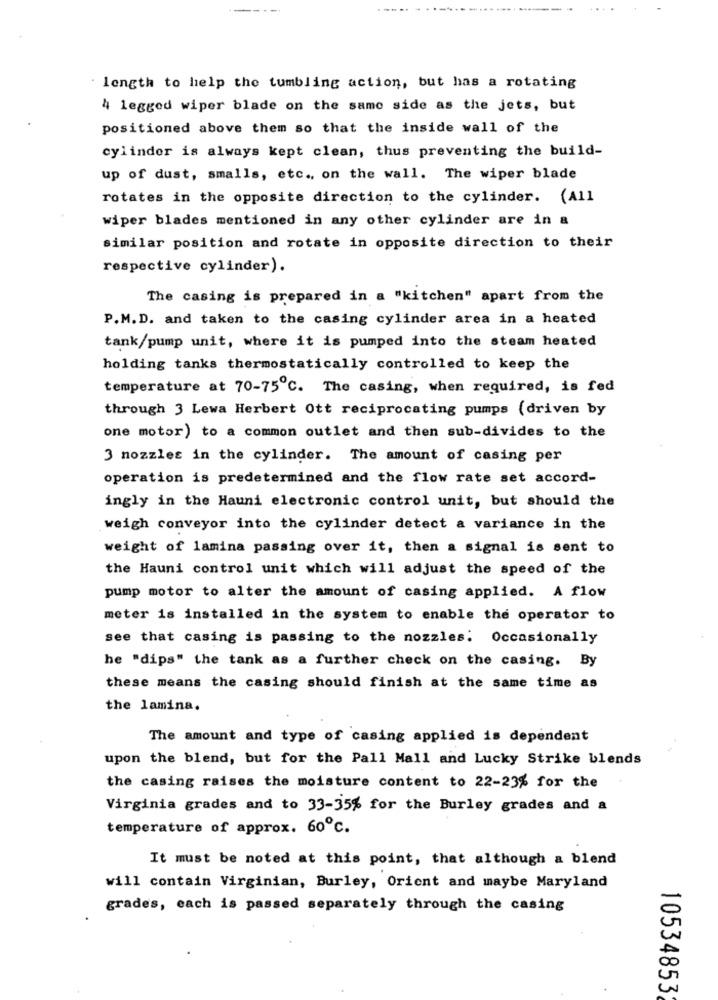
---
length to help the tumbling action, but has a rotating
4 legged wiper blade on the same side as the jets, but
positioned above them so that the inside wall of the
cylinder is always kept clean, thus preventing the build-
up of dust, smalls, etc ., on the wall. The wiper blade
rotates in the opposite direction to the cylinder. (All
wiper blades mentioned in any other cylinder are in a
similar position and rotate in opposite direction to their
respective cylinder).
The casing is prepared in a "kitchen" apart from the
P.M.D. and taken to the casing cylinder area in a heated
tank/pump unit, where it is pumped into the steam heated
holding tanks thermostatically controlled to keep the
temperature at 70-75 ℃. The casing, when required, is fed
through 3 Lewa Herbert Ott reciprocating pumps (driven by
one motor) to a common outlet and then sub-divides to the
3 nozzles in the cylinder. The amount of casing per
operation is predetermined and the flow rate set accord-
ingly in the Hauni electronic control unit, but should the
weigh conveyor into the cylinder detect a variance in the
weight of lamina passing over it, then a signal is sent to
the Hauni control unit which will adjust the speed of the
pump motor to alter the amount of casing applied. A flow
meter is installed in the system to enable the operator to
see that casing is passing to the nozzles. Occasionally
he "dips" the tank as a further check on the casing. By
these means the casing should finish at the same time as
the lamina.
The amount and type of casing applied is dependent
upon the blend, but for the Pall Mall and Lucky Strike blends
the casing raises the moisture content to 22-23% for the
Virginia grades and to 33-35% for the Burley grades and a
temperature of approx. 60℃.
It must be noted at this point, that although a blend
will contain Virginian, Burley, Orient and maybe Maryland
grades, each is passed separately through the casing
10534853